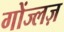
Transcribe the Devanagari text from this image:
गोंज्लज़